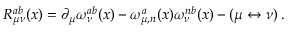
R _ { \mu \nu } ^ { a b } ( x ) = \partial _ { \mu } \omega _ { \nu } ^ { a b } ( x ) - \omega _ { \mu , n } ^ { a } ( x ) \omega _ { \nu } ^ { n b } ( x ) - ( \mu \leftrightarrow \nu ) \, .